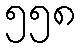
၅၅၈